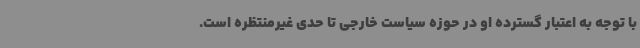
با توجه به اعتبار گسترده او در حوزه سیاست خارجی تا حدی غیرمنتظره است.